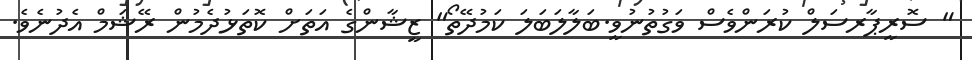
" ސޮރީޕާރސަލް ކުރަންވެސް ވަގުތުނުވީ.ބަލާލަބަލަ ކަމުދޭތޯ" ޒީޝާންގެ އަތަށް ކޮތަޅުދެމުން ރޭޝަމް އެދުނެވެ.